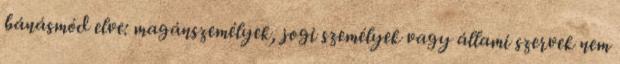
bánásmód elve: magánszemélyek, jogi személyek vagy állami szervek nem